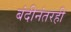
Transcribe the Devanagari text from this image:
बंदीनंतरही